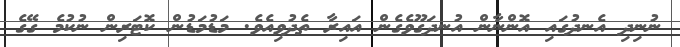
ނުނިދި އެނދުގައި އޮންނާން އުނދަގޫވެގެން އައިރާ ތެދުވިއެވެ. މަޑުމަޑުން ކޮޓަރިން ނުކުމެ ގޭގެ